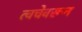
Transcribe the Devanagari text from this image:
त्वचेवरून